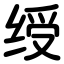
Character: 绶